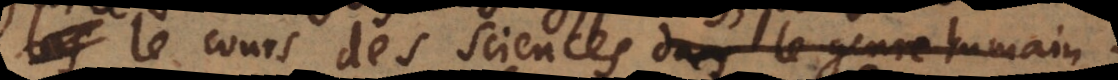
le cours des sciences parmy le genre hum